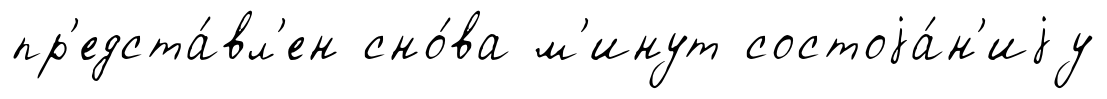
пр'едста́вл'ен сно́ва м'инут состоjа́н'иjу